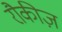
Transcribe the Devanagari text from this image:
रौकीज़